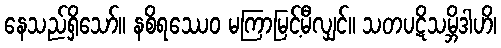
နေသည်ရှိသော်။ နစိရဿေဝ မကြာမြင့်မီလျှင်။ သတပဋိသမ္ဘိဒါဟိ၊